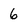
Character: 6